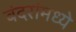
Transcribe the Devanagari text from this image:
बंदरांमध्ये